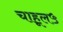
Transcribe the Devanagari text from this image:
चाहूल५